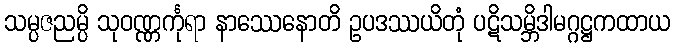
သမ္ပဇညမ္ပိ သုဝဏ္ဏင်္ကုရာ နာဿေနောတိ ဥပဒဿယိတုံ ပဋိသမ္ဘိဒါမဂ္ဂဋ္ဌကထာယ